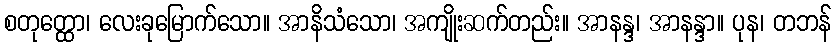
စတုတ္ထော၊ လေးခုမြောက်သော။ အာနိသံသော၊ အကျိုးဆက်တည်း။ အာနန္ဒ၊ အာနန္ဒာ။ ပုန၊ တဘန်